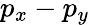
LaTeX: p_{x}-p_{y}